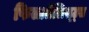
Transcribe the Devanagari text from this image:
फिलातेलिस्ट्स